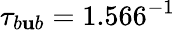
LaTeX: \tau_{b\mathbf{u}b}=1.566^{-1}